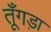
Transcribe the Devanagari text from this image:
तूँगड़ा